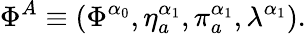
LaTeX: \Phi^{A}\equiv\left(\Phi^{\alpha_{0}},\eta_{a}^{\alpha_{1}},\pi_{a}^{\alpha_{1}},\lambda^{\alpha_{1}}\right).